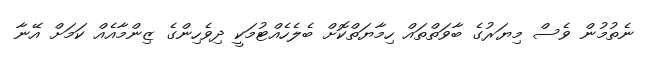
ނެތުމުން ވެސް މިޔަރުގެ ބާވަތްތައް ހިމާޔަތްކޮށް ބެލެހެއްޓުމަކީ ދިވެހިންގެ ޒިންމާއެއް ކަމަށް އޭނާ